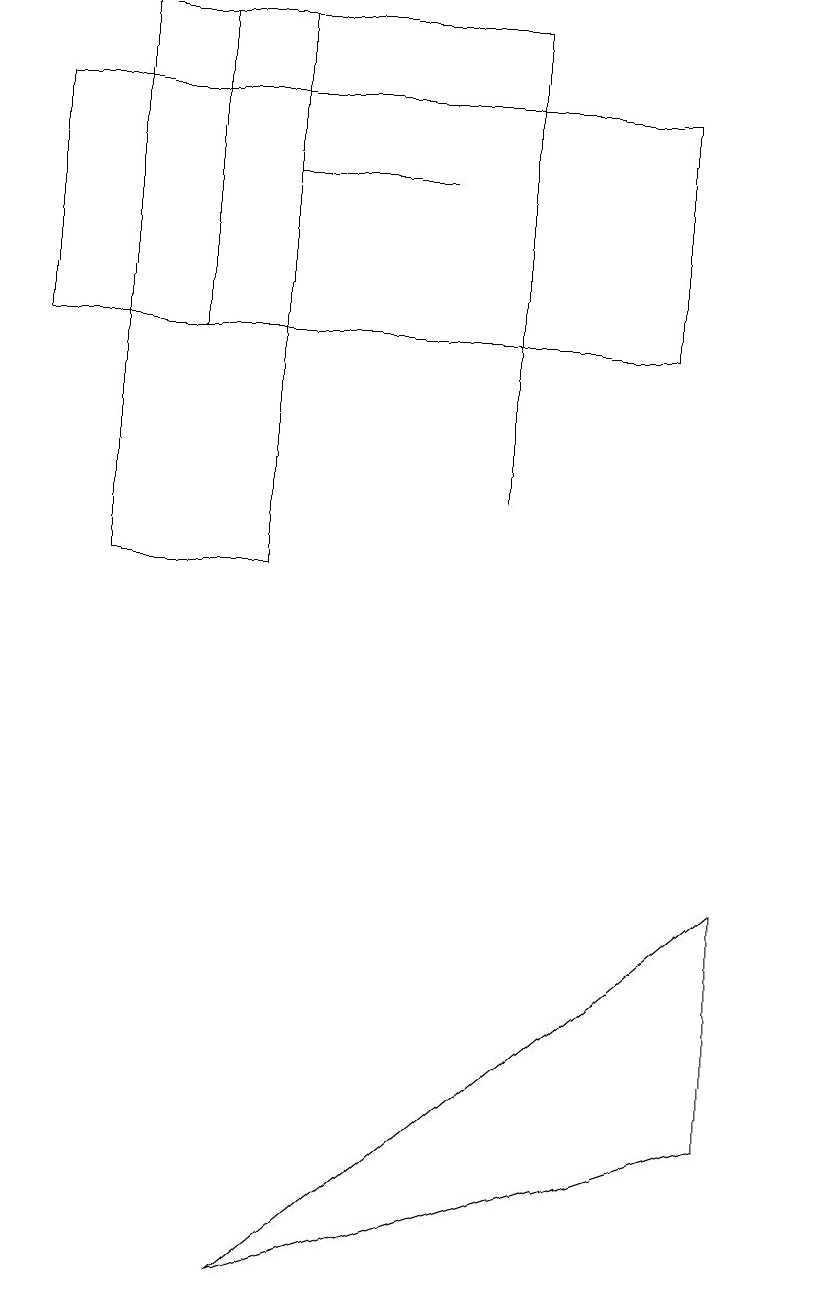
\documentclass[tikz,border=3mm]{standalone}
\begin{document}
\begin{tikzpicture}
\draw (3,16) rectangle (5,16);
\draw (6,14) rectangle (2,18);
\draw (3,2) -- (9,7) -- (9,4) -- cycle;
\draw (0,17) rectangle (8,14);
\draw (6,12) rectangle (6,16);
\draw (10,11) circle (0);
\draw (1,11) rectangle (3,18);
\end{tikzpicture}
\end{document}